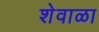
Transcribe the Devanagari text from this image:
शेवाळा